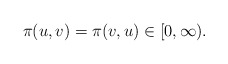
\begin{align*}\pi(u,v)=\pi(v,u)\in[0,\infty).\end{align*}